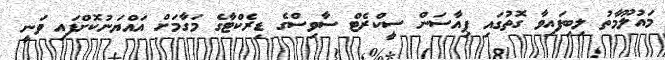
މައުލޫމާތު ލިބިފައިވާ ގޮތުގައި ޕިއާސަން ސީކްރެޓް ސާވިސްގެ ޑިރެކްޓާގެ މަގާމަށް އައްޔަނުކޮށްފައި ވަނީ